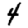
Digit: 4